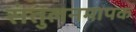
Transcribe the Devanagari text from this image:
संतुलनमापक